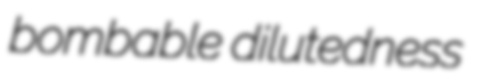
bombable dilutedness